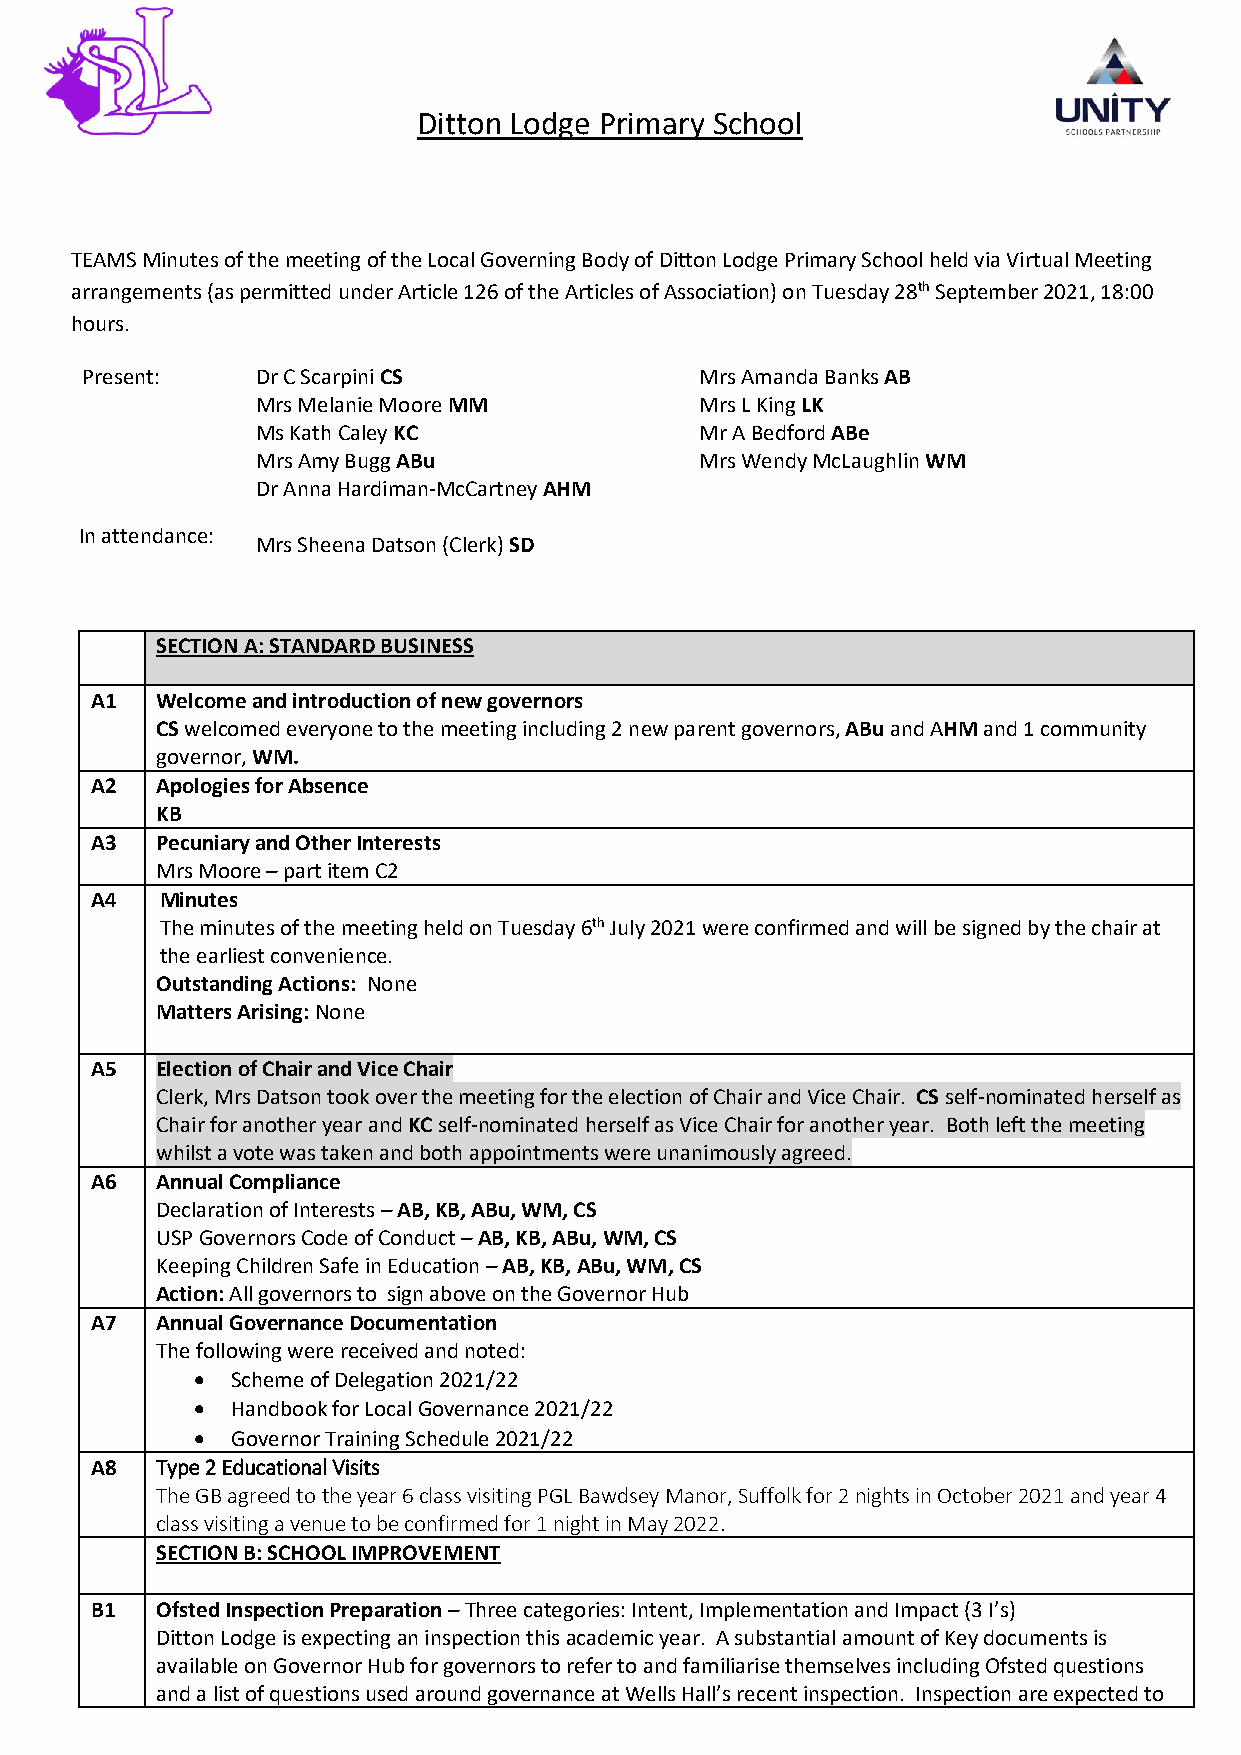
Ditton Lodge Primary School
 TEAMS Minutes of the meeting of the Local Governing Body of Ditton Lodge Primary School held via Virtual Meeting
 arrangements (as permitted under Article 126 of the Articles of Association) on Tuesday 28th September 2021, 18:00
 hours.
 Present:    Dr C Scarpini CS             Mrs Amanda Banks AB
 Mrs Melanie Moore MM         Mrs L King LK
 Ms Kath Caley KC             Mr A Bedford ABe
 Mrs Amy Bugg ABu             Mrs Wendy McLaughlin WM
 Dr Anna Hardiman-McCartney AHM
 In attendance:
 Mrs Sheena Datson (Clerk) SD
 SECTION A: STANDARD BUSINESS
 A1  Welcome and introduction of new governors
 CS welcomed everyone to the meeting including 2 new parent governors, ABu and AHM and 1 community
 governor, WM.
 A2  Apologies for Absence
 KB
 A3  Pecuniary and Other Interests
 Mrs Moore – part item C2
 A4   Minutes
 The minutes of the meeting held on Tuesday 6th July 2021 were confirmed and will be signed by the chair at
 the earliest convenience.
 Outstanding Actions: None
 Matters Arising: None
 A5  Election of Chair and Vice Chair
 Clerk, Mrs Datson took over the meeting for the election of Chair and Vice Chair. CS self-nominated herself as
 Chair for another year and KC self-nominated herself as Vice Chair for another year. Both left the meeting
 whilst a vote was taken and both appointments were unanimously agreed.
 A6  Annual Compliance
 Declaration of Interests – AB, KB, ABu, WM, CS
 USP Governors Code of Conduct – AB, KB, ABu, WM, CS
 Keeping Children Safe in Education – AB, KB, ABu, WM, CS
 Action: All governors to sign above on the Governor Hub
 A7  Annual Governance Documentation
 The following were received and noted:
  Scheme of Delegation 2021/22
  Handbook for Local Governance 2021/22
  Governor Training Schedule 2021/22
 A8  Type 2 Educational Visits
 The GB agreed to the year 6 class visiting PGL Bawdsey Manor, Suffolk for 2 nights in October 2021 and year 4
 class visiting a venue to be confirmed for 1 night in May 2022.
 SECTION B: SCHOOL IMPROVEMENT
 B1  Ofsted Inspection Preparation – Three categories: Intent, Implementation and Impact (3 I’s)
 Ditton Lodge is expecting an inspection this academic year. A substantial amount of Key documents is
 available on Governor Hub for governors to refer to and familiarise themselves including Ofsted questions
 and a list of questions used around governance at Wells Hall’s recent inspection. Inspection are expected to